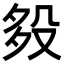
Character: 𣪈